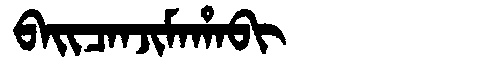
Manchu: ᠪᠠᡳᠴᠠᠨᠵᡳᠮᠠᡥᠠᠪᡳ
Romanization: BAICANJIMAHABI